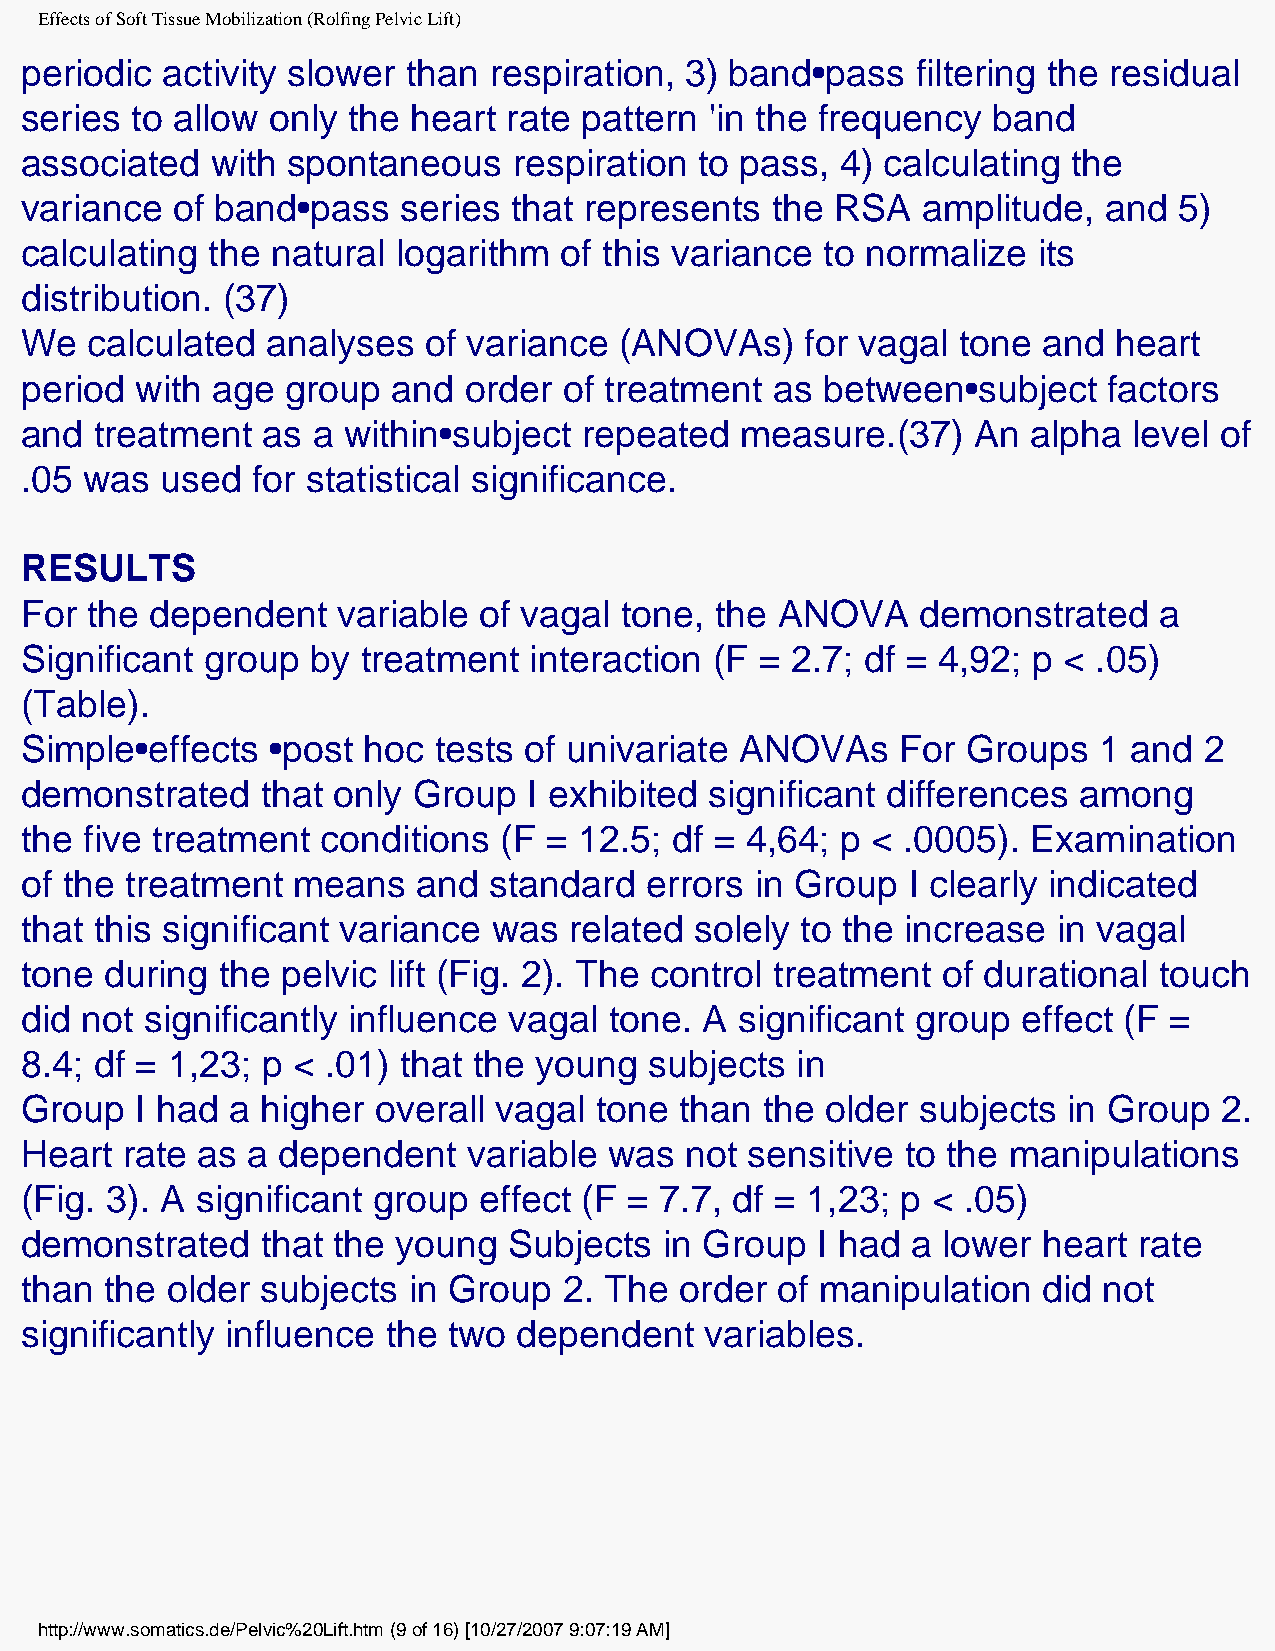
Effects of Soft Tissue Mobilization (Rolfing Pelvic Lift)
 periodic  activity slower than respiration, 3) band•pass    filtering the residual
 series  to allow only the heart  rate pattern 'in the frequency  band
 associated   with spontaneous    respiration to pass,  4) calculating the
 variance  of band•pass    series that represents  the RSA   amplitude,  and  5)
 calculating  the natural logarithm  of this variance  to normalize  its
 distribution. (37)
 We   calculated  analyses  of variance  (ANOVAs)    for vagal tone  and  heart
 period  with age  group  and  order of treatment  as  between•subject   factors
 and  treatment  as  a within•subject  repeated  measure.(37)   An  alpha  level of
 .05  was  used  for statistical significance.
 RESULTS
 For  the dependent   variable  of vagal tone, the ANOVA     demonstrated    a
 Significant  group  by treatment  interaction (F = 2.7; df = 4,92; p <  .05)
 (Table).
 Simple•effects   •post hoc  tests of univariate ANOVAs     For Groups   1 and  2
 demonstrated    that only Group   I exhibited significant differences among
 the  five treatment conditions  (F = 12.5;  df = 4,64; p < .0005). Examination
 of the treatment  means    and standard   errors in Group  I clearly indicated
 that this significant variance  was  related solely to the increase  in vagal
 tone  during the  pelvic lift (Fig. 2). The control treatment of durational touch
 did not  significantly influence vagal tone.  A significant group  effect (F =
 8.4; df = 1,23; p <  .01) that the young  subjects  in
 Group   I had a higher  overall vagal tone  than  the older subjects  in Group  2.
 Heart  rate as a dependent    variable was  not  sensitive to the manipulations
 (Fig. 3). A significant group  effect (F = 7.7, df = 1,23; p < .05)
 demonstrated    that the young   Subjects  in Group  I had a lower  heart rate
 than  the older subjects  in Group  2. The  order of manipulation   did not
 significantly influence  the two dependent    variables.
 http://www.somatics.de/Pelvic%20Lift.htm (9 of 16) [10/27/2007 9:07:19 AM]